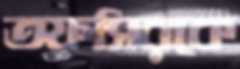
তফসিরকে